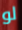
لو